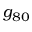
g _ { 8 0 }